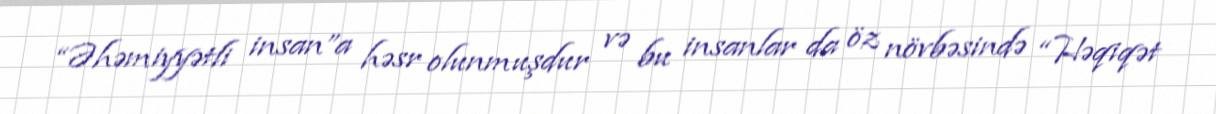
“Əhəmiyyətli insan”a həsr olunmuşdur və bu insanlar da öz növbəsində “Həqiqət